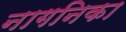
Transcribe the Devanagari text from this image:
नागनिका